Indian Civil Veterinary Department memoirs
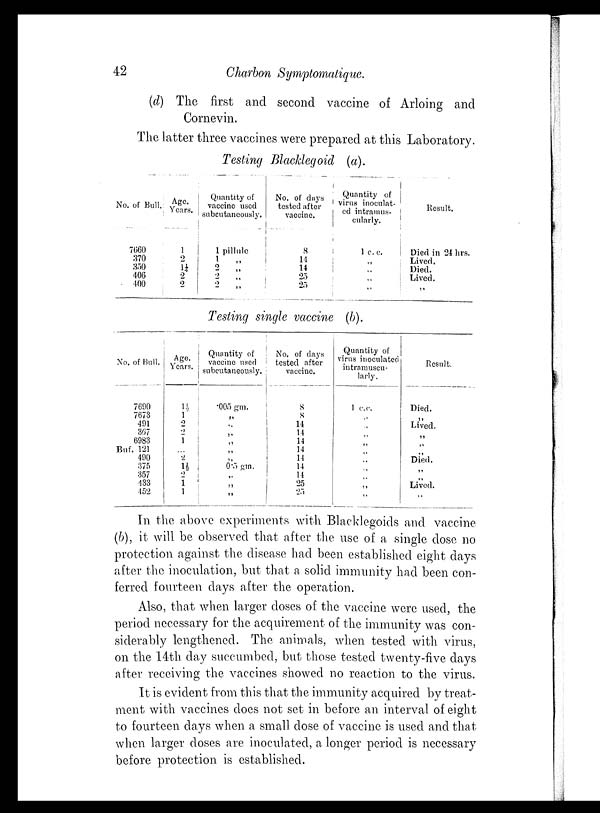
42
Charbon Symptomatique.
(d) The first and second vaccine of Arloing and
Cornevin.
The latter three vaccines were prepared at this Laboratory.
Testing Blacklegoid (a).
No. of Bull.
7660
370
350
406
400
Age.
Years.
1
2
1¼
2
2
Quantity of
vaccine used
sabcutancously.
1 pillule
1 „
2 „
2 „
2 „
No. of days
tested after
vaccine.
8
14
14
25
25
Quantity of
virus inoculat-
ed
intramus-
cularly.
1 c. c.
„
„
„
„
Result.
Died in 24 hrs.
Lived.
Died.
Lived.
„
Testing single vaccine (b).
No. of Bull.
7690
7673
491
367
6983
Buf. 121
490
375
357
433
452
Age.
Years.
1½
1
2
2
1
...
2
1½
2
1
1
Quantity of
vaccine used
subcutaneonsly.
.005 gm.
„
„
„
„
„
„
0.5 gm.
„
„
„
No. of days
tested after
vaccine.
8
8
14
14
14
14
14
14
14
25
25
Quantity of
virus inoculated
intramuscu-
larly.
1 c.c.
„
„
„
„
„
„
„
„
„
„
Result.
Died.
„
Lived.
„
„
„
Died.
„
„
Lived.
„
In the above experiments with Blacklegoids and vaccine
(b), it will be observed that after the use of a single dose no
protection against the disease had been established eight days
after the inoculation, but that a solid immunity had been con-
ferred fourteen days after the operation.
Also, that when larger doses of the vaccine were used, the
period necessary for the acquirement of the immunity was con-
siderably lengthened. The animals, when tested with virus,
on the 14th day succumbed, but those tested twenty-five days
after receiving the vaccines showed no reaction to the virus.
It is evident from this that the immunity acquired by treat-
ment with vaccines does not set in before an interval of eight
to fourteen days when a small dose of vaccine is used and that
when larger doses are inoculated, a longer period is necessary
before protection is established.